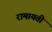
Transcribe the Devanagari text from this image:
रामायती